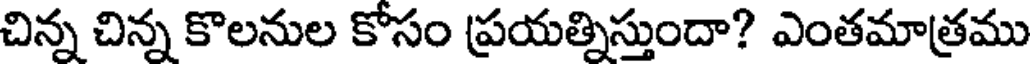
చిన్న చిన్న కొలనుల కోసం ప్రయత్నిస్తుందా? ఎంతమాత్రము